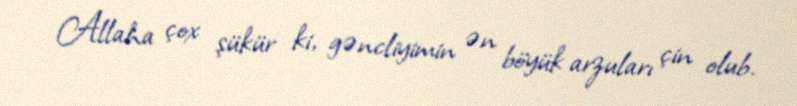
Allaha çox şükür ki, gəncliyimin ən böyük arzuları çin olub.